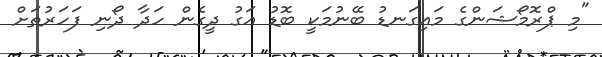
"މި ޕްރޮމޯޝަންގެ މައިގަނޑު ބޭނުމަކީ ބޮޑު އަގު ދީގެން ހަދާ ދޯނި ފަހަރުތަށް